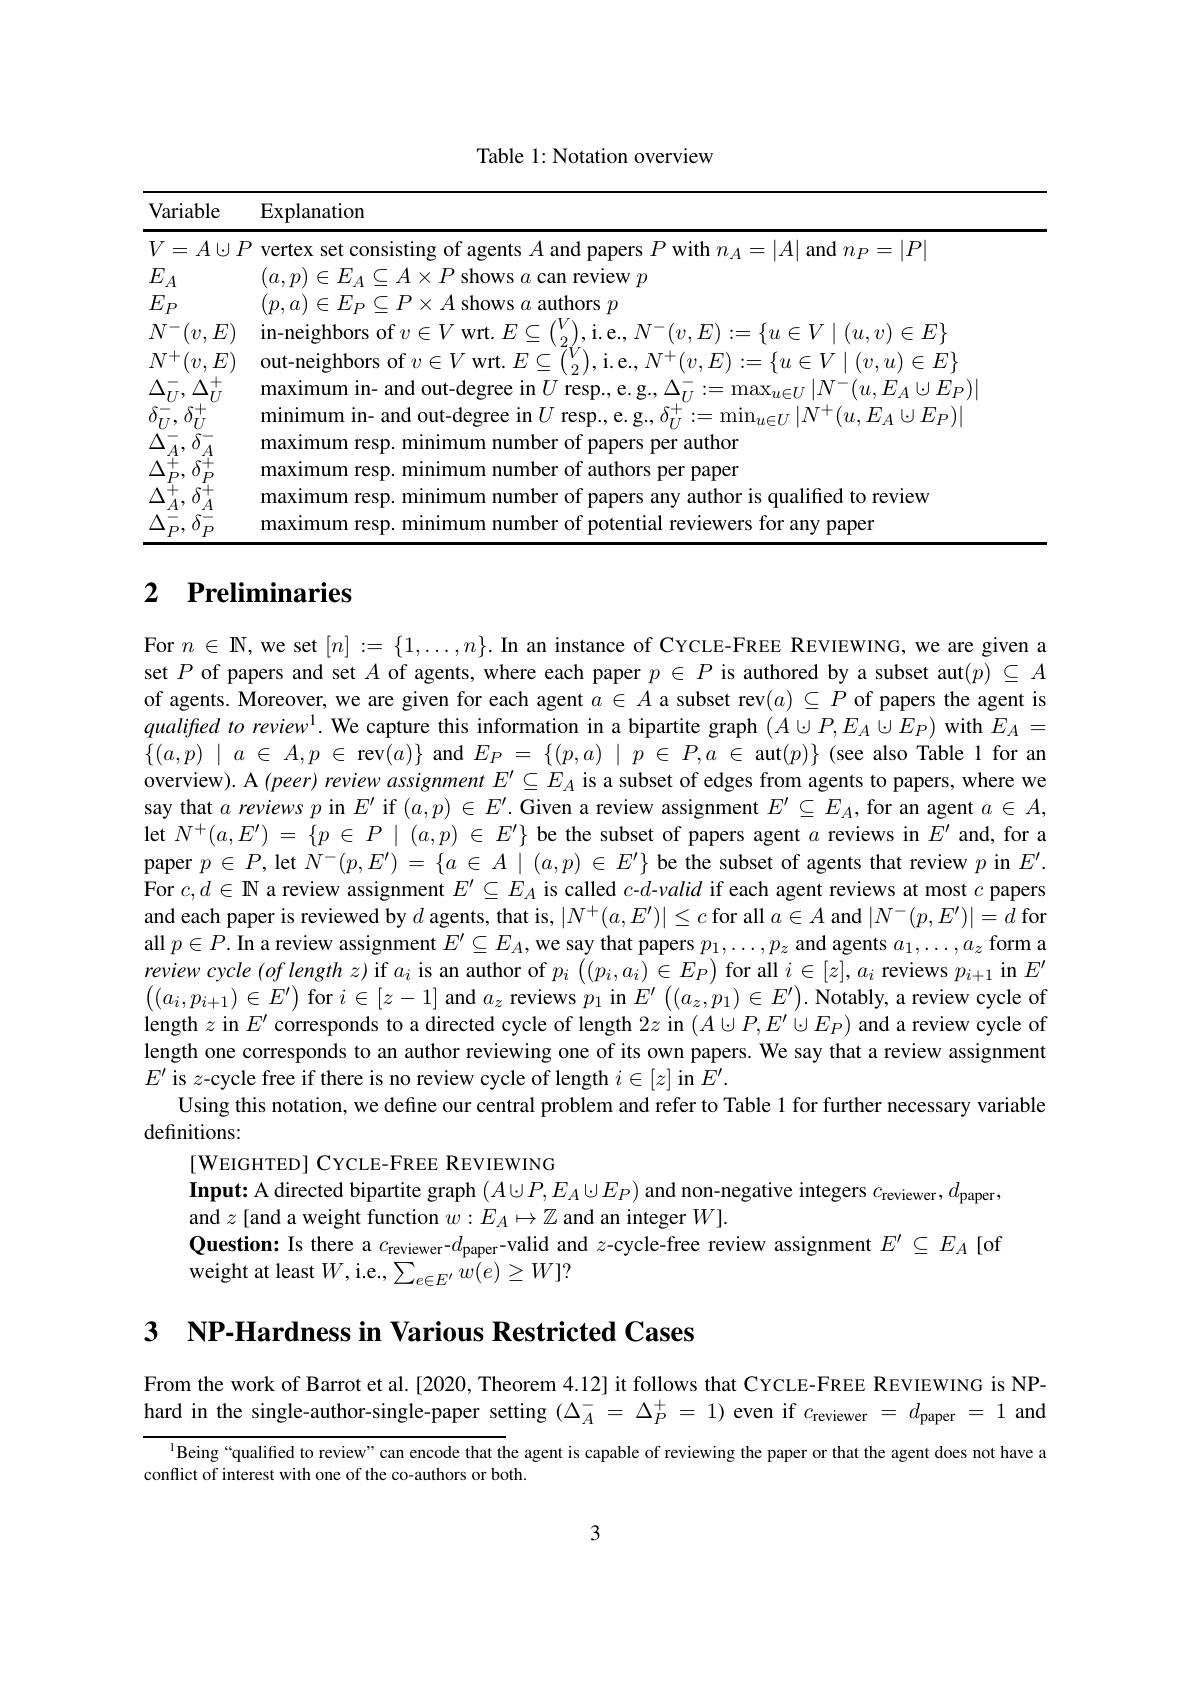
<table>
	<tbody>
		<tr>
			<th>${\mathrm{Variable}}$</th>
			<th>Explanation</th>
		</tr>
		<tr>
			<td>$V=A\cup P$</td>
			<td>$|P$ lertex</td>
		</tr>
		<tr>
			<td>$E$ $A$</td>
			<td>$a.n)\in E_{\Lambda}$ can review $p$</td>
		</tr>
		<tr>
			<td>$E_{P}$</td>
			<td>$(p,a)\in E_{P}\subseteq P\times A$ shows $a$ authors $p$</td>
		</tr>
		<tr>
			<td>$N^{-}(v,E)$</td>
			<td>in-neighbors $(\eta_{1},\eta_{1})$ $\in F_{i}^{\prime}$</td>
		</tr>
		<tr>
			<td>$(v,E)$ $N^{+}$</td>
			<td>ut- ne $1\in H_{i}$</td>
		</tr>
		<tr>
			<td>$\Delta$ $\Delta$ + $TI$</td>
			<td>$\operatorname*{max1mum~in-~and~out-degree}$ $:1n//1$ $-(u,E_{i},|.)E$</td>
		</tr>
		<tr>
			<td>1 $\left|\begin{array}{c}1\\1\end{array}\right|$ $U$ 11</td>
			<td>minimum in- and out-de $\Gamma(u,E_{A}\cup E_{P})$</td>
		</tr>
		<tr>
			<td>$\Delta$ $\delta$ A</td>
			<td>max1mum resp monmum T number of papers per author</td>
		</tr>
		<tr>
			<td>$\Delta$ $\delta_{P}^{+}$ $\stackrel{'}{P}$ $P$</td>
			<td>maxımum resp min1ml number of authors per paper</td>
		</tr>
		<tr>
			<td>$\Delta$</td>
			<td>maxımum resp. minimum number of papers any author is qualified to review</td>
		</tr>
		<tr>
			<td>$\Delta_{l}^{-}$ $\delta_{P}^{-}$ </td>
			<td>maxımum res mimner ort ential rev1ewers Dame</td>
		</tr>
	</tbody>
</table>

# 2 $\textbf{Preliminaries}$

For $n\in\mathbb{N}$, we set $[n]:=\{1,\ldots,n\}.$ In an instance of CYCLE-FREE REVIEWING, we are given a set $P$ of papers and set $A$ of agents, where each paper $p\in P$ is authored by a subset aut$(p)\subseteq A$ of agents. Moreover, we are given for each agent $a\in A$ a subset rev$(a)\subseteq P$ of papers the agent is qualifed to review$^{1}.$ We capture this information in a bipartite graph $(A\cup P,E_A\cup E_P)$ with $E_A=$ $\{(a,p)\mid a\in A,p\in$rev$(a)\}$ and $E_P=\{(p,a)\mid p\in P,a\in$ aut$(p)\}$ (see also Table 1 for an overview). A $( peer) \textit{review assignment }E^{\prime }\subseteq E_{A}$ is a subset of edges from agents to papers, where we say that $a\textit{reviews }p$ in $E^\prime$ if $(a,p)\in E^\prime.$ Given a review assignment $E^\prime\subseteq E_A$, for an agent $a\in A$, let $N^{+ }( a, E^{\prime })$ = $\{ p$ $\in$ $P$ | $( a, p)$ $\in$ $E^{\prime }\}$ be the subset of papers agent $a$ reviews in $E^\prime$ and,for a paper $p\in P$, let $N^-(p,E^{\prime})=\{a\in A\mid(a,p)\in E^{\prime}\}$ be the subset of agents that review $p$ in $E^\prime.$ For $c,d\in\mathbb{N}$ a review assignment $E^\prime\subseteq E_A$ is called $c-d$-valid if each agent reviews at most $c$ papers and each paper is reviewed by $d$ agents, that is, $|N^+(a,E^{\prime})|\leq c$ for all $a\in A$ and $|N^-(p,E^{\prime})|=d$ for all $p\in P.$ In a review assignment $E^\prime\subseteq E_A$, we say that papers $p_1,\ldots,p_z$ and agents $a_1,\ldots,a_z$ form a review cycle $(oflengthz)$ if $a_i$ is an author of $p_i\left((p_i,a_i)\in E_P\right)$ for all $i\in[z],a_i$ reviews $p_i+1$ in $E^\prime$ $\left((a_i,p_{i+1})\in E^{\prime}\right)$for $i\in[z-1]$ and $a_z$ reviews $p_1$ in $E^\prime\left((a_z,p_1)\in E^{\prime}\right).$ Notably, a review cycle of length $z$ in $E^\prime$ corresponds to a directed cycle of length $2z$ in $(A\cup P,E^{\prime}\cup E_P)$ and a review cycle of length one corresponds to an author reviewing one of its own papers. We say that a review assignment $E^{\prime}$ is $z$-cycle free if there is no review cycle of length $i\in[z]$ in $E^\prime.$
Using this notation, we define our central problem and refer to Table 1 for further necessary variable
definitions:
[WEIGHTED] CYCLE-FREE REVIEWING
Input: A directed bipartite graph $(A\cup P,E_A\cup E_P)$ and non-negative integers $c_\mathrm{reviewer},d_\mathrm{paper}$,
and $z$ [and a weight function $w:E_A\mapsto\mathbb{Z}$ and an integer $W].$
Question: Is there a $c_\text{reviewer-}d_\text{paper-Valid and }z$-cycle-free review assignment $E^\prime\subseteq E_A$ [of
weight at least $W$,i.e., $\sum_e\in E^{\prime}w(e)\geq W]?$

3 NP-Hardness in Various Restricted Cases

From the work of Barrot et al.[2020, Theorem 4.12] it follows that CYCLE-FREE REVIEWING is NPhard in the single-author-single-paper setting $(\Delta_A^-=\Delta_P^+=1)$ even if $c_{\mathrm{reviewer}}=d_{\mathrm{paper}}=1$ and

$^{1}$Being“qualified to review”can encode that the agent is capable of reviewing the paper or that the agent does not have a
conflict of interest with one of the co-authors or both.

3